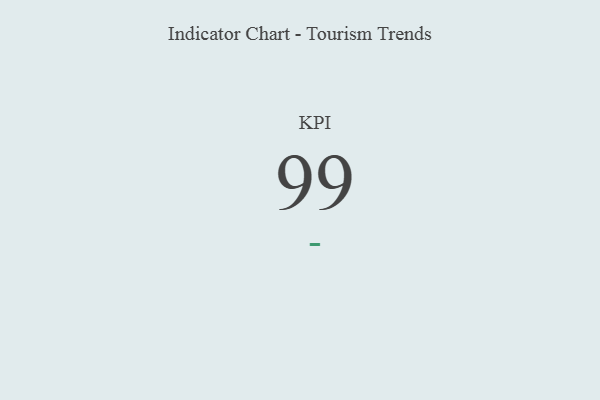
{"axis": {"x": "KPI", "y": "Value"}, "legend": [""], "data": [{"x": "KPI", "y": 99, "type": ""}]}